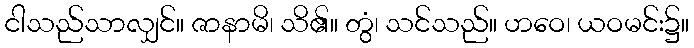
ငါသည်သာလျှင်။ ဇာနာမိ၊ သိ၏။ တွံ၊ သင်သည်။ ဟဝေ၊ ယဝမင်း၌။